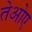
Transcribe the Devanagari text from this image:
तेओए